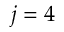
j = 4